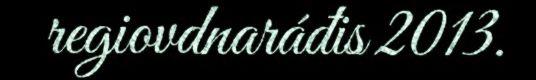
regiovdnaráđis 2013.